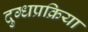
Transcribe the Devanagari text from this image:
दुग्धप्रक्रिया